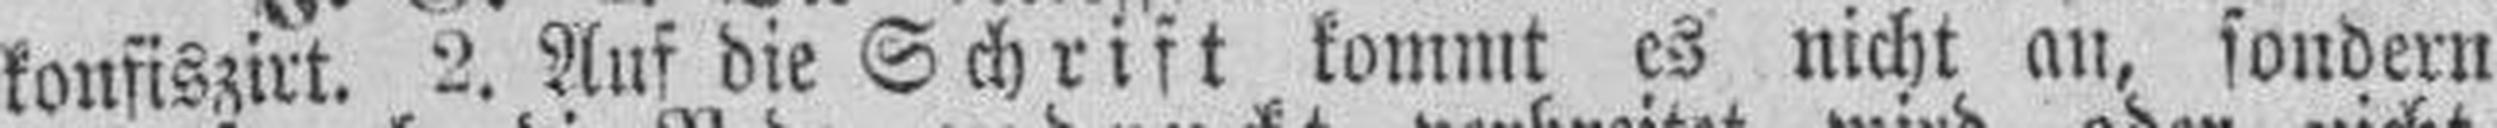
konfiszirt. 2. Auf die Schrift kommt es nicht an, sondern